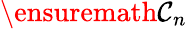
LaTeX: \ensuremath{{\mathcal{C}}}_{n}